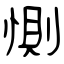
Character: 惻